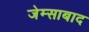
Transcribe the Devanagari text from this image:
जेम्साबाद